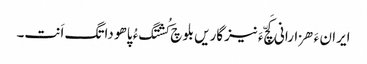
ایران ءَ ھزارانی کَچّ ءَ نیزگاریں بلوچ کُشتگ ءُ پاھو داتگ اَنت۔